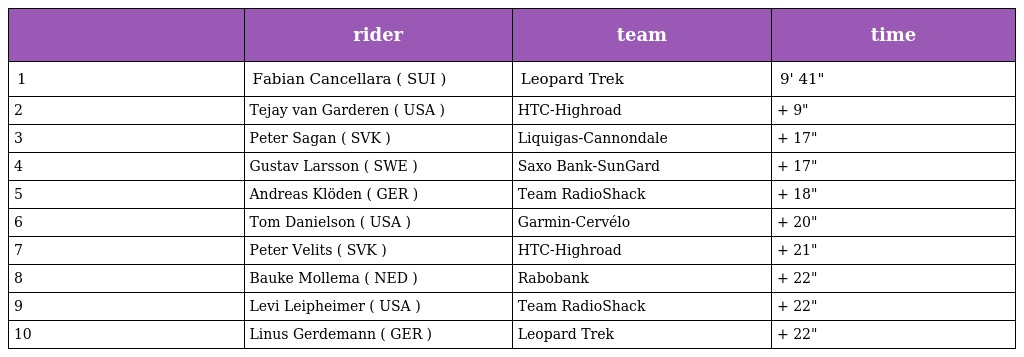
|  | rider | team | time |
 | --- | --- | --- | --- |
 | 1 | Fabian Cancellara ( SUI ) | Leopard Trek | 9' 41" |
 | 2 | Tejay van Garderen ( USA ) | HTC-Highroad | + 9" |
 | 3 | Peter Sagan ( SVK ) | Liquigas-Cannondale | + 17" |
 | 4 | Gustav Larsson ( SWE ) | Saxo Bank-SunGard | + 17" |
 | 5 | Andreas Klöden ( GER ) | Team RadioShack | + 18" |
 | 6 | Tom Danielson ( USA ) | Garmin-Cervélo | + 20" |
 | 7 | Peter Velits ( SVK ) | HTC-Highroad | + 21" |
 | 8 | Bauke Mollema ( NED ) | Rabobank | + 22" |
 | 9 | Levi Leipheimer ( USA ) | Team RadioShack | + 22" |
 | 10 | Linus Gerdemann ( GER ) | Leopard Trek | + 22" |